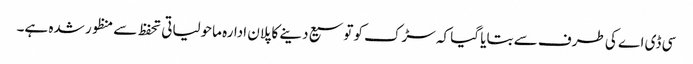
سی ڈی اے کی طرف سے بتایا گیا کہ سڑک کو توسیع دینے کا پلان ادارہ ماحولیاتی تحفظ سے منظور شدہ ہے۔